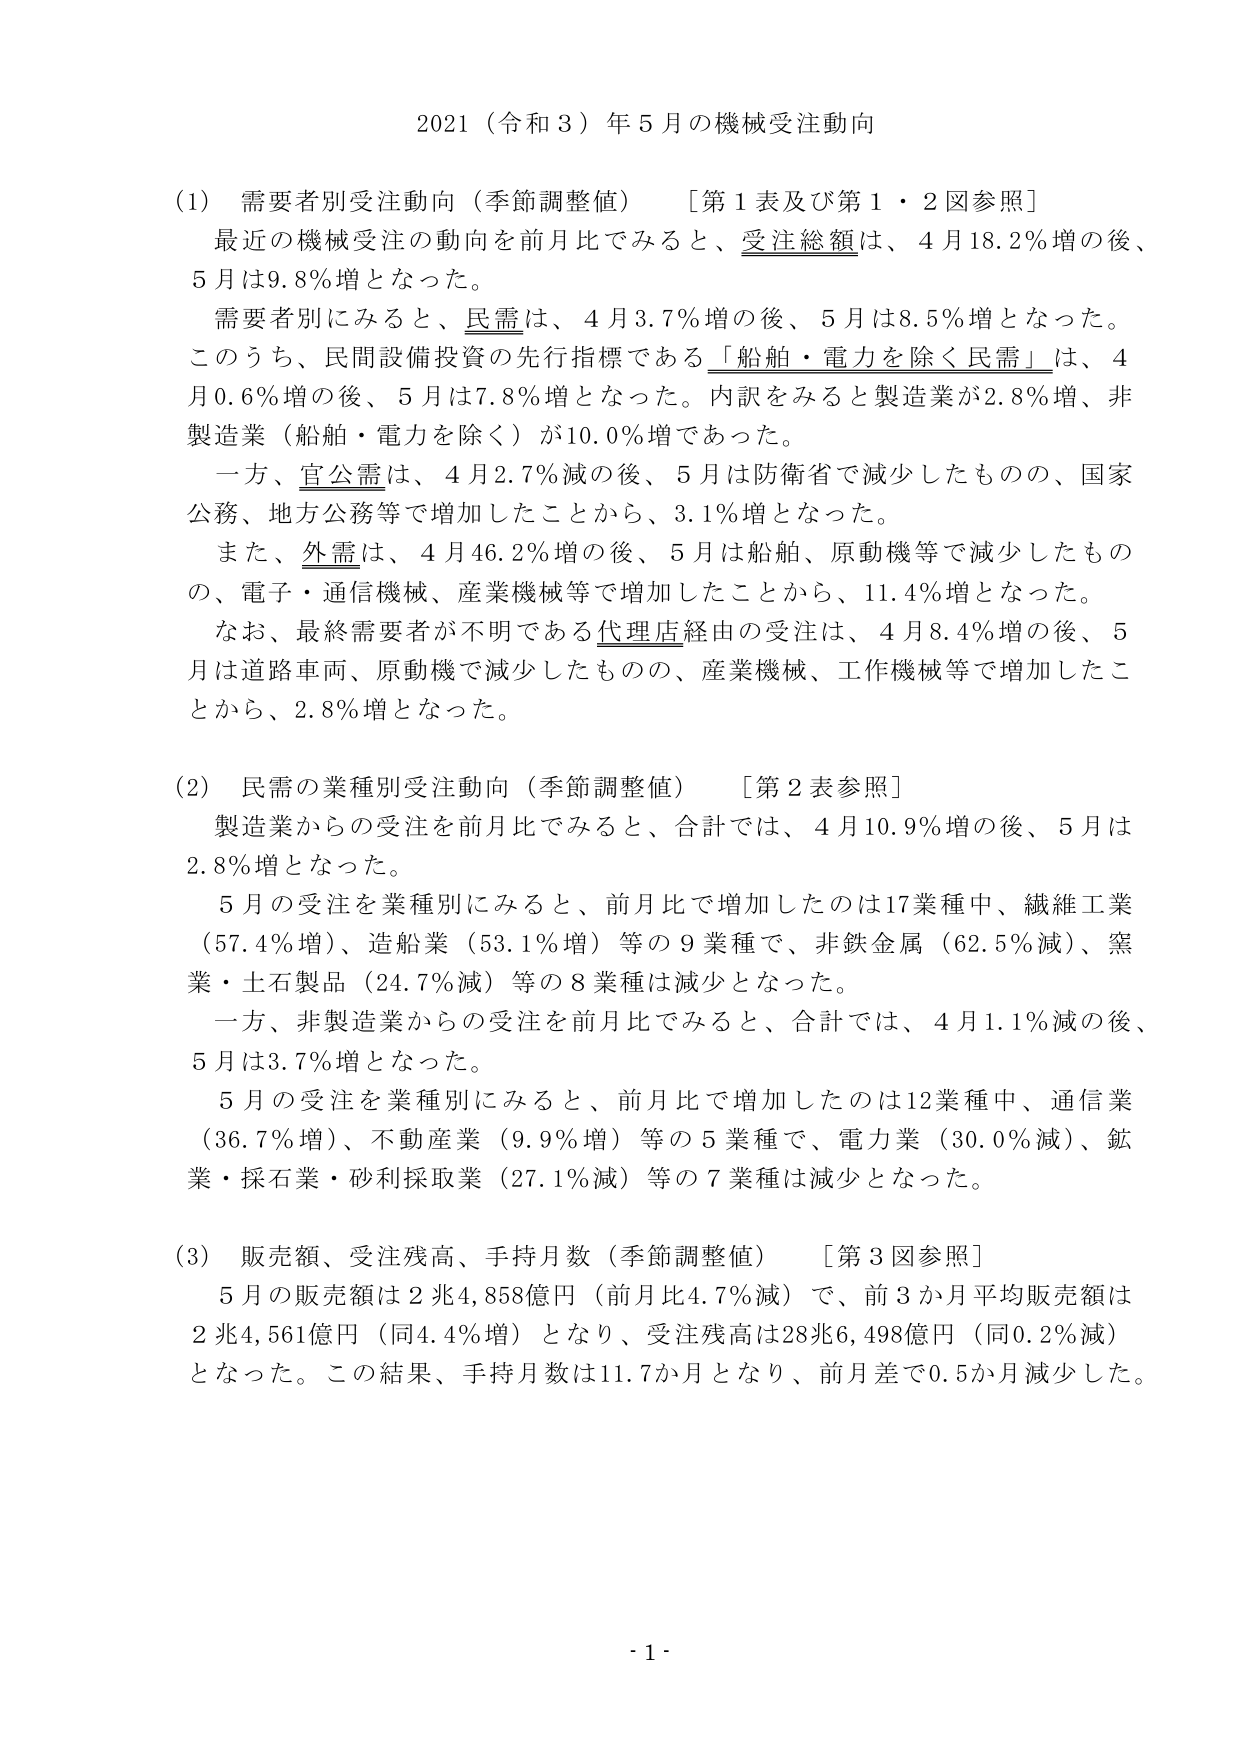
2021（令和3）年5月の機械受注動向

(1) 需要者別受注動向（季節調整値）　［第1表及び第1・2図参照］
最近の機械受注の動向を前月比でみると、受注総額は、4月18.2％増の後、5月は9.8％増となった。
需要者別にみると、民需は、4月3.7％増の後、5月は8.5％増となった。
このうち、民間設備投資の先行指標である「船舶・電力を除く民需」は、4月0.6％増の後、5月は7.8％増となった。内訳をみると製造業が2.8％増、非製造業（船舶・電力を除く）が10.0％増であった。
一方、官公需は、4月2.7％減の後、5月は防衛省で減少したものの、国家公務、地方公務等で増加したことから、3.1％増となった。
また、外需は、4月46.2％増の後、5月は船舶、原動機等で減少したものの、電子・通信機械、産業機械等で増加したことから、11.4％増となった。
なお、最終需要者が不明である代理店経由の受注は、4月8.4％増の後、5月は道路車両、原動機で減少したものの、産業機械、工作機械等で増加したことから、2.8％増となった。

(2) 民需の業種別受注動向（季節調整値）　［第2表参照］
製造業からの受注を前月比でみると、合計では、4月10.9％増の後、5月は2.8％増となった。
5月の受注を業種別にみると、前月比で増加したのは17業種中、繊維工業（57.4％増）、造船業（53.1％増）等の9業種で、非鉄金属（62.5％減）、窯業・土石製品（24.7％減）等の8業種は減少となった。
一方、非製造業からの受注を前月比でみると、合計では、4月1.1％減の後、5月は3.7％増となった。
5月の受注を業種別にみると、前月比で増加したのは12業種中、通信業（36.7％増）、不動産業（9.9％増）等の5業種で、電力業（30.0％減）、鉱業・採石業・砂利採取業（27.1％減）等の7業種は減少となった。

(3) 販売額、受注残高、手持月数（季節調整値）　［第3図参照］
5月の販売額は2兆4,858億円（前月比4.7％減）で、前3か月平均販売額は2兆4,561億円（同4.4％増）となり、受注残高は28兆6,498億円（同0.2％減）となった。この結果、手持月数は11.7か月となり、前月差で0.5か月減少した。

- 1 -